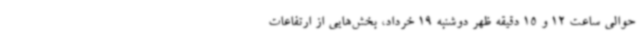
حوالی ساعت 12 و 15 دقیقه ظهر دوشنبه 19 خرداد، بخش‌هایی از ارتفاعات